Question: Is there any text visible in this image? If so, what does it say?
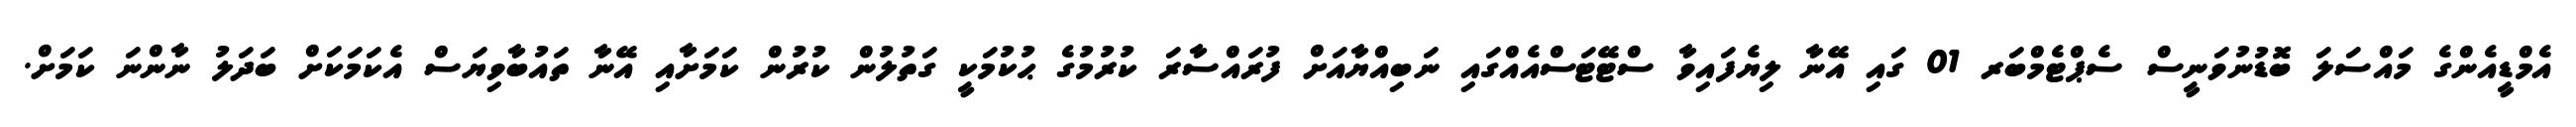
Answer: އެމްޑީއެންގެ މައްސަލަ ބޮޑުނުވަނީސް ސެޕްޓެމްބަރ 01 ގައި އޭނާ ލިޔެފައިވާ ސްޓޭޓަސްއެއްގައި ނަބިއްޔާއަށް ފުރައްސާރަ ކުރުމުގެ ޙުކުމަކީ ގަތުލުން ކުރުން ކަމަށާއި އޭނާ ތައުބާވިޔަސް އެކަމަކަށް ބަދަލު ނާންނަ ކަމަށް.